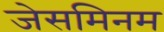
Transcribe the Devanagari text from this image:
जेसमिनम